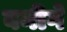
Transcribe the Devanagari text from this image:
बनीगे